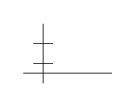
LaTeX: \begin{align*}\unitlength .5cm\begin{picture}(6,4)\put(2,3){\line(0,-1){3}}\put(1.5,2){\line(1,0){1}}\put(1.5,1){\line(1,0){1}}\put(1,.5){\line(1,0){4.5}}\end{picture}\end{align*}